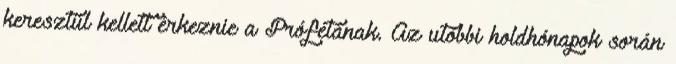
keresztül kellett érkeznie a Prófétának. Az utóbbi holdhónapok során